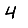
Digit: 4